Civil Veterinary Department. United Provinces 1912-22 - 1912-1922
Year: 1912
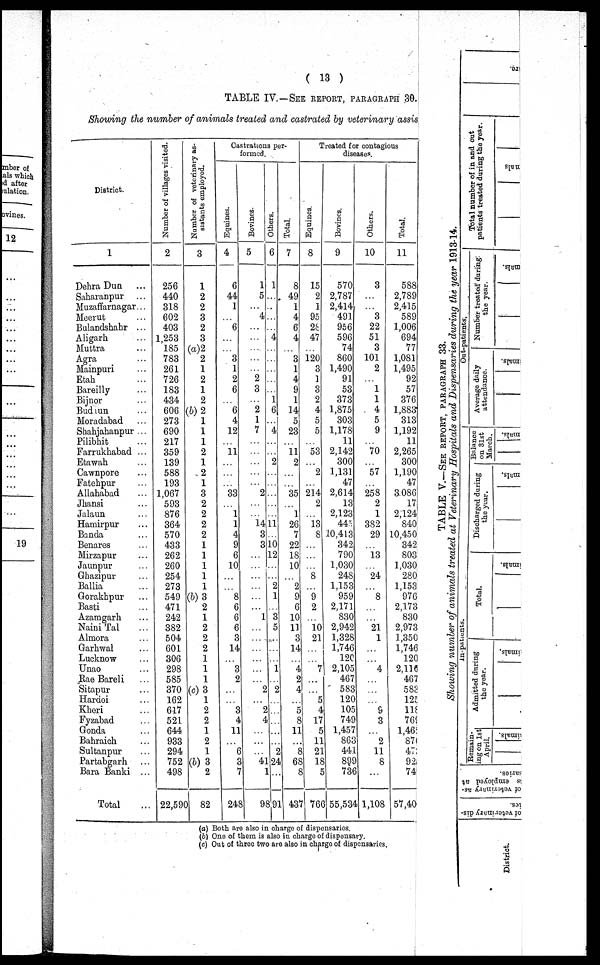
( 13 )
TABLE IV.—SEE REPORT, PARAGRAPH 30.
Showing the number of animals treated and castrated by veterinary assis
District.
1
Dehra Dun ...
Saharanpur ...
Muzaffarnagar...
Meerut ...
Bulandshahr ...
Aligarh ...
Muttra ...
Agra ...
Mainpuri ...
Etah ...
Bareilly ...
Bijnor ...
Budaun ...
Moradabad ...
Shahjahanpur ...
Pilibhit ...
Farrukhabad ...
Etawah ...
Cawnpore ...
Fatehpur ...
Allahabad ...
Jhansi ...
Jalaun ...
Hamirpur ...
Banda ...
Benares ...
Mirzapur ...
Jaunpur ...
Ghazipur ...
Ballia ...
Gorakhpur ...
Basti ...
Azamgarh ...
Naini Tal ...
Almora ...
Garhwal ...
Lucknow ...
Unao ...
Rae Bareli ...
Sitapur ...
Hardoi ...
Kheri ...
Fyzabad ...
Gonda ...
Bahraich ...
Sultanpur ...
Partabgarh ...
Bara Banki ...
Total ...
Number of villages visited.
2
256
440
318
602
403
1,253
185
783
261
726
183
434
606
273
690
217
359
139
588
193
1,067
593
876
364
570
433
262
260
254
273
549
471
242
382
504
601
306
298
585
370
162
617
521
644
933
294
752
498
22,590
Number of veterinary as-
sistants employed.
3
1
2
2
3
2
3
(a)2
2
1
2
1
2
(b)2
1
1
1
2
1
2
1
3
2
2
2
2
1
1
1
1
1
(b)3
2
1
2
2
2
1
1
1
(c)3
1
2
2
1
2
1
(b)3
2
82
Castrations per-
formed.
Equines.
4
6
44
1
...
6
...
...
3
1
2
6
...
6
4
12
...
11
...
...
...
33
...
1
1
4
9
6
10
...
...
8
6
6
6
3
14
...
3
2
...
...
3
4
11
...
6
3
7
248
Bovines.
5
1
5
...
4
...
...
...
...
...
2
3
...
2
1
7
...
...
...
...
...
2
...
...
14
3
3
...
...
...
...
...
...
1
...
...
...
...
...
...
2
...
2
4
...
...
...
41
1
98
Others.
6
1
...
...
...
...
4
...
...
...
...
...
1
6
...
4
...
...
2
...
...
...
...
...
11
...
10
12
...
...
2
1
...
3
5
...
...
...
1
...
2
...
...
...
...
...
2
24
...
91
Total.
7
8
49
1
4
6
4
...
3
1
4
9
1
14
5
23
...
11
2
...
...
35
...
1
26
7
22
18
10
...
2
9
6
10
11
3
14
...
4
2
4
...
5
8
11
...
8
68
8
437
Treated for contagious
diseases.
Equines.
8
15
2
1
95
28
47
...
120
3
1
3
2
4
5
5
...
53
...
2
...
214
2
...
13
8
...
...
...
8
...
9
2
...
10
21
...
...
7
...
...
5
4
17
5
11
21
18
5
766
Bovines.
9
570
2,787
2,414
491
956
596
74
860
1,490
91
53
373
1,875
303
1,178
11
2,142
300
1,131
47
2,614
13
2,123
445
10,413
342
790
1,030
248
1,153
959
2,171
830
2,942
1,328
1,746
120
2,105
467
583
120
105
749
1,457
863
441
899
736
55,534
Others.
10
3
...
...
3
22
51
3
101
2
...
1
1
4
5
9
...
70
...
57
...
258
2
1
382
29
...
13
...
24
...
8
...
...
21
1
...
...
4
...
...
...
9
3
...
2
11
8
...
1,108
Total.
11
588
2,789
2,415
589
1,006
694
77
1,081
1,495
92
57
376
1,883
313
1,192
11
2,265
300
1,190
47
3,086
17
2,124
840
10,450
342
803
1,030
280
1,153
976
2,173
830
2,973
1,350
1,746
120
2,116
467
583
125
118
769
1,462
870
473
927
74
57,401
(a) Both are also in charge of dispensaries.
(b) One of them is also in charge of dispensary.
(c) Out of three two are also in charge of dispensaries.